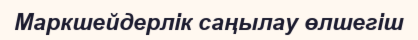
Маркшейдерлік саңылау өлшегіш